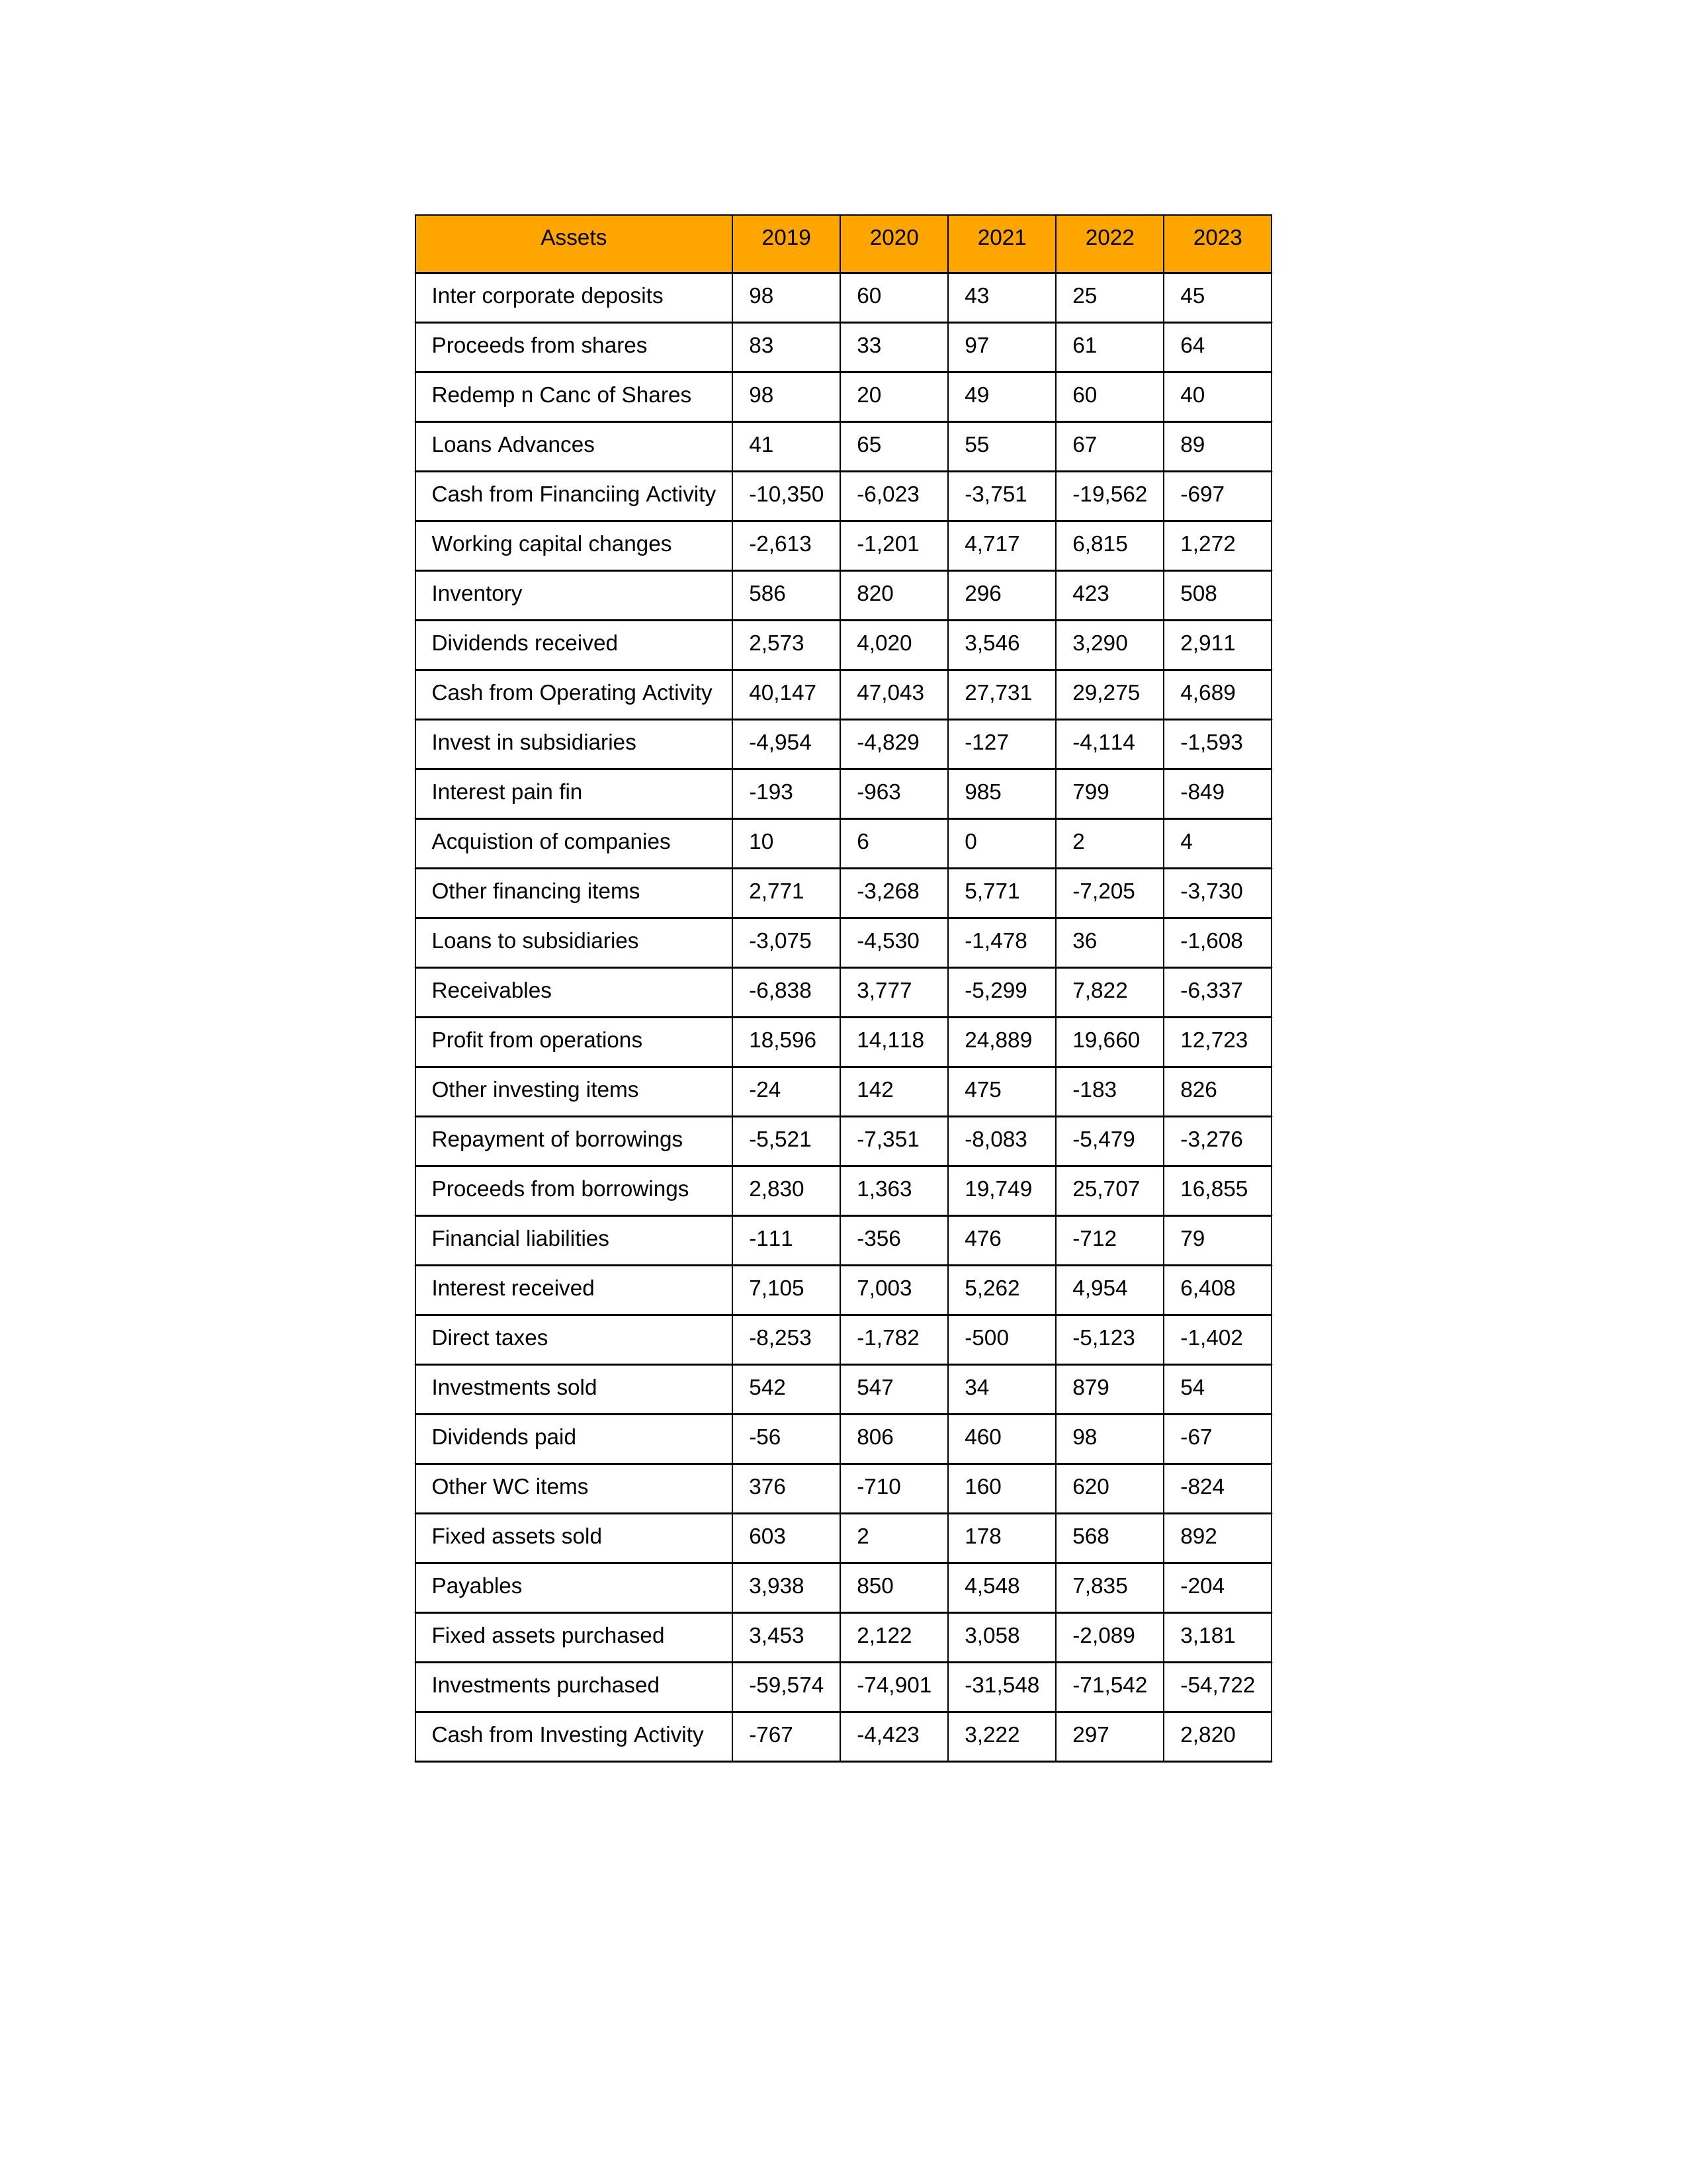
gt_parse: 2019: Cash from Operating Activity: 40,147
Profit from operations: 18,596
Receivables: -6,838
Inventory: 586
Payables: 3,938
Loans Advances: 41
Other WC items: 376
Working capital changes: -2,613
Direct taxes: -8,253
Cash from Investing Activity: -767
Fixed assets purchased: 3,453
Fixed assets sold: 603
Investments purchased: -59,574
Investments sold: 542
Interest received: 7,105
Dividends received: 2,573
Invest in subsidiaries: -4,954
Loans to subsidiaries: -3,075
Redemp n Canc of Shares: 98
Acquistion of companies: 10
Inter corporate deposits: 98
Other investing items: -24
Cash from Financiing Activity: -10,350
Proceeds from shares: 83
Proceeds from borrowings: 2,830
Repayment of borrowings: -5,521
Interest pain fin: -193
Dividends paid: -56
Financial liabilities: -111
Other financing items: 2,771
2020: Cash from Operating Activity: 47,043
Profit from operations: 14,118
Receivables: 3,777
Inventory: 820
Payables: 850
Loans Advances: 65
Other WC items: -710
Working capital changes: -1,201
Direct taxes: -1,782
Cash from Investing Activity: -4,423
Fixed assets purchased: 2,122
Fixed assets sold: 2
Investments purchased: -74,901
Investments sold: 547
Interest received: 7,003
Dividends received: 4,020
Invest in subsidiaries: -4,829
Loans to subsidiaries: -4,530
Redemp n Canc of Shares: 20
Acquistion of companies: 6
Inter corporate deposits: 60
Other investing items: 142
Cash from Financiing Activity: -6,023
Proceeds from shares: 33
Proceeds from borrowings: 1,363
Repayment of borrowings: -7,351
Interest pain fin: -963
Dividends paid: 806
Financial liabilities: -356
Other financing items: -3,268
2021: Cash from Operating Activity: 27,731
Profit from operations: 24,889
Receivables: -5,299
Inventory: 296
Payables: 4,548
Loans Advances: 55
Other WC items: 160
Working capital changes: 4,717
Direct taxes: -500
Cash from Investing Activity: 3,222
Fixed assets purchased: 3,058
Fixed assets sold: 178
Investments purchased: -31,548
Investments sold: 34
Interest received: 5,262
Dividends received: 3,546
Invest in subsidiaries: -127
Loans to subsidiaries: -1,478
Redemp n Canc of Shares: 49
Acquistion of companies: 0
Inter corporate deposits: 43
Other investing items: 475
Cash from Financiing Activity: -3,751
Proceeds from shares: 97
Proceeds from borrowings: 19,749
Repayment of borrowings: -8,083
Interest pain fin: 985
Dividends paid: 460
Financial liabilities: 476
Other financing items: 5,771
2022: Cash from Operating Activity: 29,275
Profit from operations: 19,660
Receivables: 7,822
Inventory: 423
Payables: 7,835
Loans Advances: 67
Other WC items: 620
Working capital changes: 6,815
Direct taxes: -5,123
Cash from Investing Activity: 297
Fixed assets purchased: -2,089
Fixed assets sold: 568
Investments purchased: -71,542
Investments sold: 879
Interest received: 4,954
Dividends received: 3,290
Invest in subsidiaries: -4,114
Loans to subsidiaries: 36
Redemp n Canc of Shares: 60
Acquistion of companies: 2
Inter corporate deposits: 25
Other investing items: -183
Cash from Financiing Activity: -19,562
Proceeds from shares: 61
Proceeds from borrowings: 25,707
Repayment of borrowings: -5,479
Interest pain fin: 799
Dividends paid: 98
Financial liabilities: -712
Other financing items: -7,205
2023: Cash from Operating Activity: 4,689
Profit from operations: 12,723
Receivables: -6,337
Inventory: 508
Payables: -204
Loans Advances: 89
Other WC items: -824
Working capital changes: 1,272
Direct taxes: -1,402
Cash from Investing Activity: 2,820
Fixed assets purchased: 3,181
Fixed assets sold: 892
Investments purchased: -54,722
Investments sold: 54
Interest received: 6,408
Dividends received: 2,911
Invest in subsidiaries: -1,593
Loans to subsidiaries: -1,608
Redemp n Canc of Shares: 40
Acquistion of companies: 4
Inter corporate deposits: 45
Other investing items: 826
Cash from Financiing Activity: -697
Proceeds from shares: 64
Proceeds from borrowings: 16,855
Repayment of borrowings: -3,276
Interest pain fin: -849
Dividends paid: -67
Financial liabilities: 79
Other financing items: -3,730